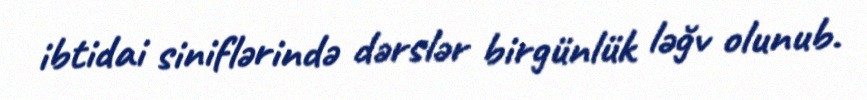
ibtidai siniflərində dərslər birgünlük ləğv olunub.